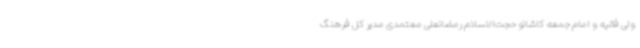
ولی فقیه و امام جمعه کاشانو حجت‌الاسلام رمضانعلی معتمدی مدیر کل فرهنگ